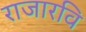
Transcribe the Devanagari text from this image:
राजारवि